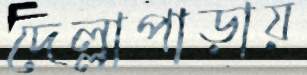
দেল্লাপাড়ায়